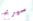
سيربح